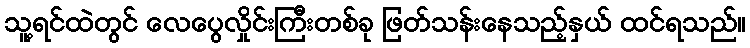
သူ့ရင်ထဲတွင် လေပွေလှိုင်းကြီးတစ်ခု ဖြတ်သန်းနေသည့်နှယ် ထင်ရသည်။